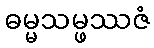
ဓမ္မသမ္ဖဿဇံ